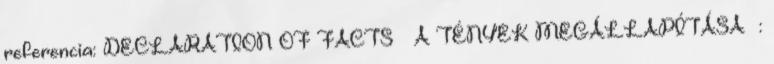
referencia: DECLARATION OF FACTS – A TÉNYEK MEGÁLLAPÍTÁSA –: